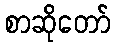
စာဆိုတော်